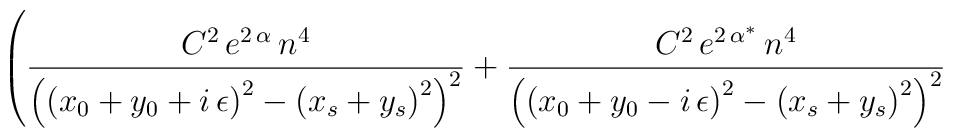
\left( \frac{C^{2}\, e^{2\, \alpha }\, n^{4}}{\left( \left( x_{0}+y_{0}+i\, \epsilon \right) ^{2}-\left( x_{s}+y_{s}\right) ^{2}\right)^{2}}+\frac{C^{2}\, e^{2\, \alpha ^{*}}\, n^{4}}{\left( \left( x_{0}+y_{0}-i\, \epsilon \right) ^{2}-\left( x_{s}+y_{s}\right) ^{2}\right)^{2}}\right.